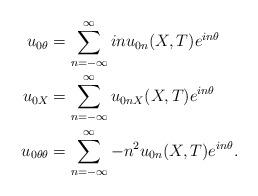
LaTeX: \begin{align*}u_{0\theta} &= \sum_{n=-\infty}^{\infty}inu_{0n}(X,T)e^{in\theta}\\u_{0X} &= \sum_{n=-\infty}^{\infty}u_{0nX}(X,T)e^{in\theta}\\u_{0\theta\theta} &= \sum_{n=-\infty}^{\infty}-n^{2}u_{0n}(X,T)e^{in\theta}.\end{align*}